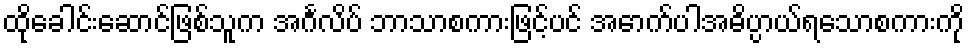
ထိုခေါင်းဆောင်ဖြစ်သူက အင်္ဂလိပ် ဘာသာစကားဖြင့်ပင် အောက်ပါအဓိပ္ပာယ်ရသောစကားကို